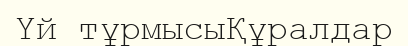
Үй тұрмысыҚұралдар